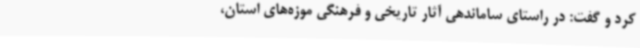
کرد و گفت: در راستای ساماندهی آثار تاریخی و فرهنگی موزه‌های استان،